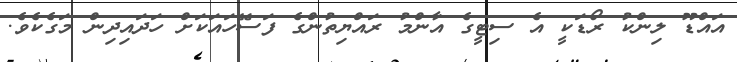
އައްޑޫ ލިންކު ރޯޑަކީ އެ ސިޓީގެ އާންމު ރައްޔިތުންގެ ފަސޭހައަކަށް ހަދައިދިން މަގެކެވެ.